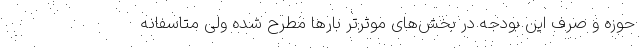
حوزه و صرف این بودجه در بخش‌های موثرتر بارها مطرح شده ولی متاسفانه